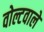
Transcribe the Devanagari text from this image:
वोल्टवाले